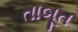
તાબૂત